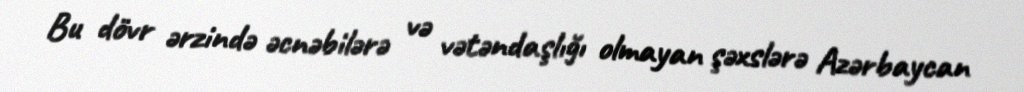
Bu dövr ərzində əcnəbilərə və vətəndaşlığı olmayan şəxslərə Azərbaycan